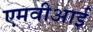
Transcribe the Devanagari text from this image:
एमवीआई